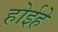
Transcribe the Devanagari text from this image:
होईहे